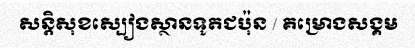
សន្តិសុខស្បៀងស្ថានទូតជប៉ុន / គម្រោងសង្គម